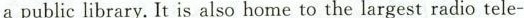
a public library. It is also home to the largest radio tele-